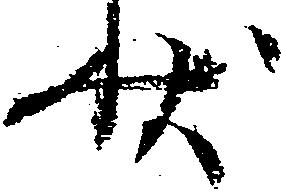
状